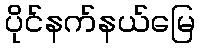
ပိုင်နက်နယ်မြေ